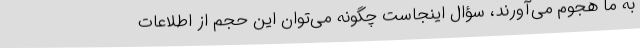
به ما هجوم می‌آورند، سؤال اینجاست چگونه می‌توان این حجم از اطلاعات